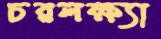
চরলক্ষ্যা